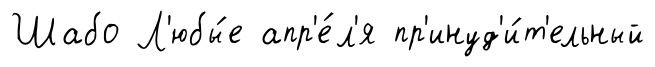
Шабо Л'юбы́е апр'е́л'я пр'инуд'и́т'ельный